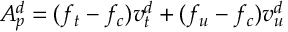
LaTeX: A _ { p } ^ { d } = ( f _ { t } - f _ { c } ) v _ { t } ^ { d } + ( f _ { u } - f _ { c } ) v _ { u } ^ { d }